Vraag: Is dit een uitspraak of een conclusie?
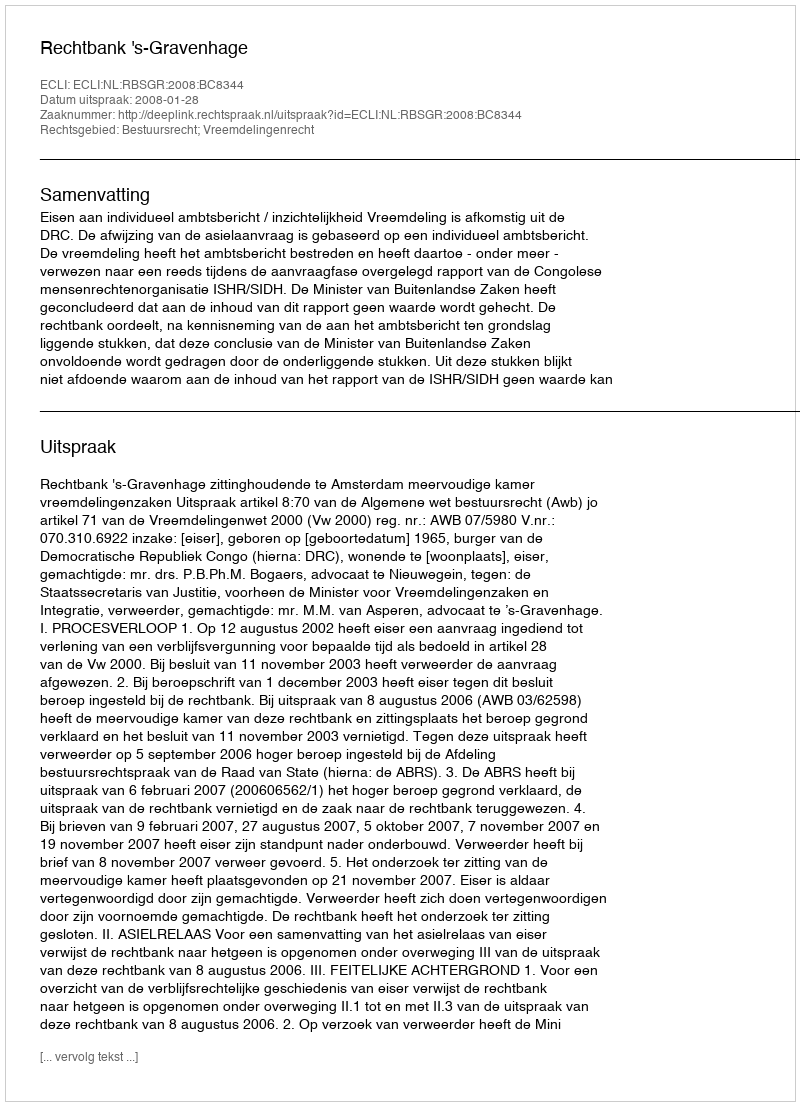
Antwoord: Uitspraak